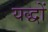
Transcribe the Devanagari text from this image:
यद्धों